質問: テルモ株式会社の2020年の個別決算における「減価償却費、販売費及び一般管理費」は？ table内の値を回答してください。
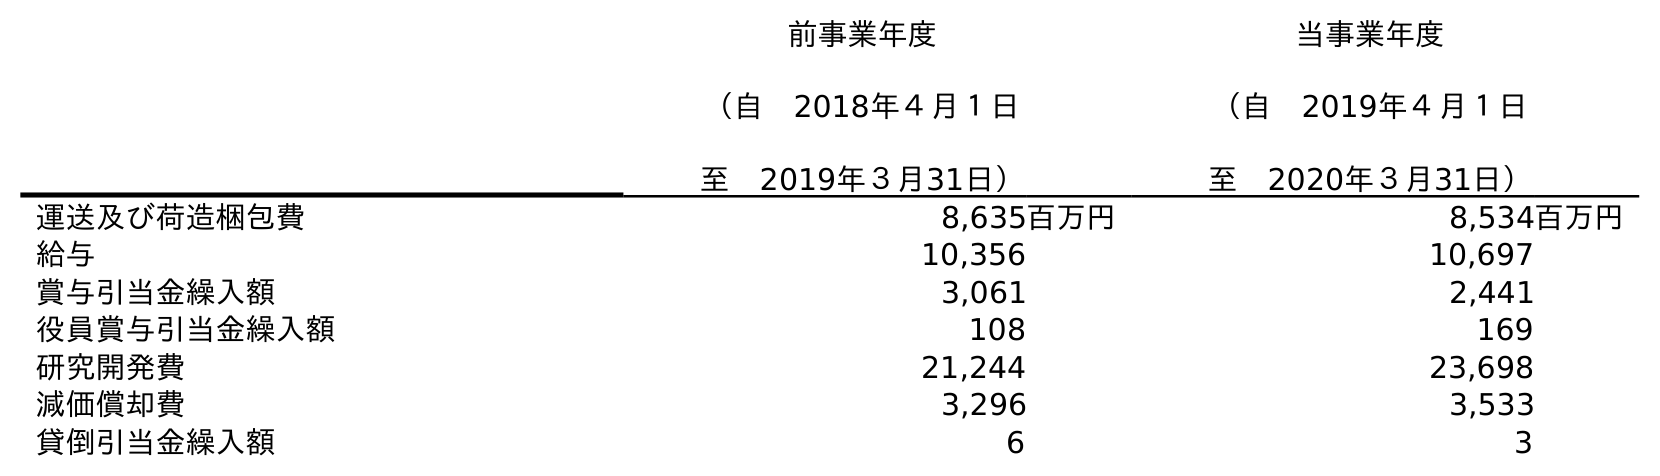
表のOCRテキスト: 前事業年度 （自 2018年４月１日 至 2019年３月31日） 当事業年度 （自 2019年４月１日 至 2020年３月31日） 運送及び荷造梱包費 8,635百万円 8,534百万円 給与 10,356 10,697 賞与引当金繰入額 3,061 2,441 役員賞与引当金繰入額 108 169 研究開発費 21,244 23,698 減価償却費 3,296 3,533 貸倒引当金繰入額 6 3
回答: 3,533